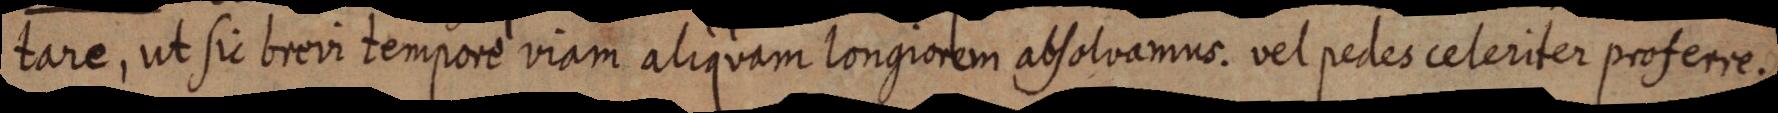
tare, ut sic brevi tempore viam aliquam longiorem absolvamus. vel pedes celeriter proferre.